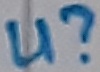
Text: U?